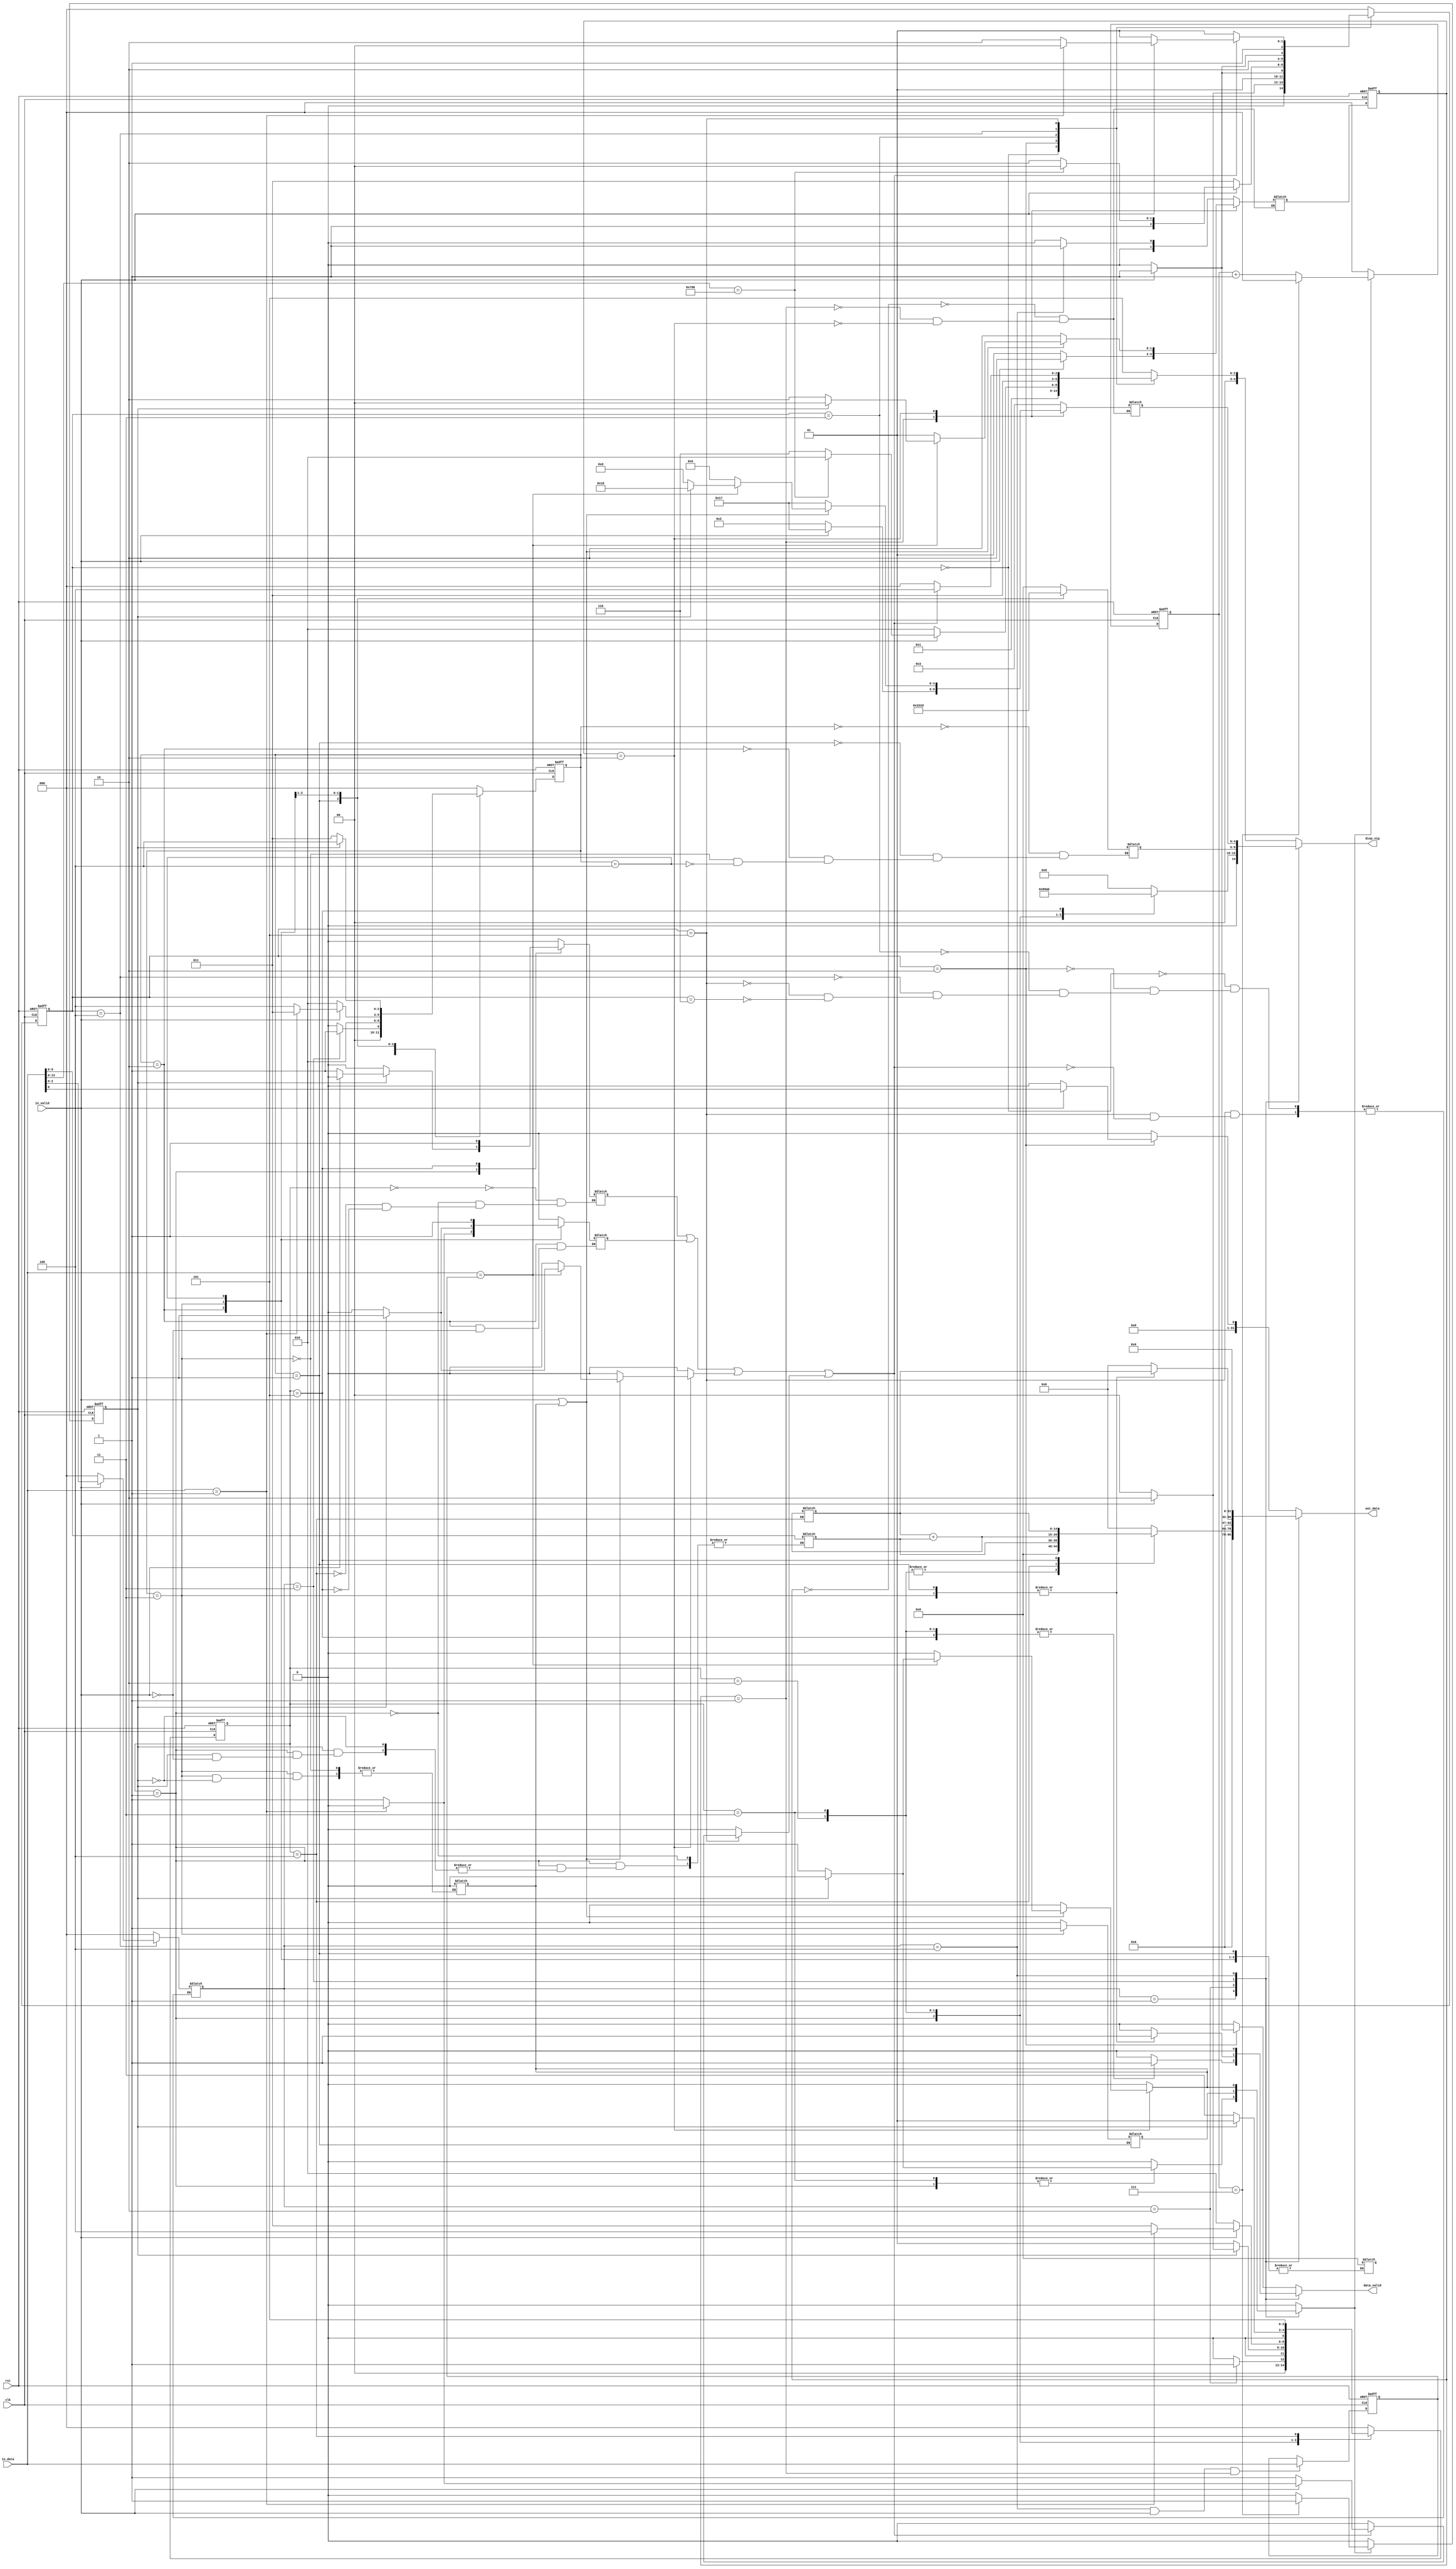
module ATM_FSM_semi #(parameter in_size = 32,
                 parameter dis_size = 5,
                 parameter out_size = 32
                 )
    (
    input                       clk,
    input                       rst,

    input wire [in_size-1:0]    in_data,
    input wire                  in_valid,

    output reg [dis_size-1:0]   disp_sig,
    output reg                  data_valid,
    output reg [out_size-1:0]   out_data
);

//////sizes of User INFO\\\\\\\\\\\\\\
localparam PIN_WIDTH        = 11,
           BALANCE_WIDTH    = 16,
           BANK_LIMIT_WIDTH = 14;

///////USER INFO\\\\\\\\\\\\\\\\\\\\\\\\\\\\
reg [PIN_WIDTH-1:0] PIN_reg;
reg [BALANCE_WIDTH-1:0] Balance;
reg [BANK_LIMIT_WIDTH-1:0] Bank_withdraw_Limit;  //daily

/////General Signals\\\\\\\\\\\\\\\\\\
//reg language;
reg language_reg;
reg [in_size-1:0] account_no;
reg same_bank;
reg same_bank_reg;
wire done;
reg [2:0] enable;
reg [in_size-1:0] PIN_temp;
reg flag;
reg [2:0] timer;
reg timer_done;
reg timer_en;
reg timer_en_pin;
reg timer_en_with;
reg timer_en_inq;
reg timer_en_dep;
reg timer_en_main;
reg flag_same;


//////////  MAIN FSM \\\\\\\\\\\\\\\\\\\\
localparam  IDLE_main    =  3'b0,
            bank         =  3'b001,
            lang         =  3'b010,
            PIN          =  3'b011,
            option       =  3'b100, 
            anthr_op     =  3'b101,//another transaction
            card_exit    =  3'b110;

reg [2:0] main_state;
reg [2:0] main_next_state;

///////////// OPTIONS \\\\\\\\\\\\\\\\\\\\\\
localparam MAIN            = 3'b000,
           WITHDRAW        = 3'b001,
           DEPOSIT         = 3'b010,
           BALANCE_INQUIRY = 3'b011,
           PIN_CHANGE      = 3'b100;

///////// Deposit \\\\\\\\\\\\\\\\\\\\
localparam IDLE_dep       = 3'b000,
           insert_cash    = 3'b001, //for fast cash
           confirm        = 3'b010,
           return_cash    = 3'b011,
           update_balance = 3'b100,
           finish_dep     = 3'b101; 
reg [2:0] dep_state;
reg [2:0] dep_next_state;
reg done_dep=0;
reg [9:0] cash_amount=0;
reg [14:0] account_balance='d50;


///////// Withdraw \\\\\\\\\\\\\\\\\\\\
localparam  IDLE_with     = 3'b0,
            diff_amount   = 3'b001, //for fast cash
            balance_limit = 3'b010,
            bank_limit    = 3'b011,
            receipt       = 3'b011,
            money_out     = 3'b100;

reg [2:0] with_state;
reg [2:0] with_next_state;

///////// Pin Change \\\\\\\\\\\\\\\\\\\\
localparam  IDLE_PIN     = 2'b00,
            ENTER_PIN    = 2'b01,
            RE_ENTER_PIN = 2'b10;

reg [1:0] pin_state;
reg [1:0] pin_next_state;
reg done_pin;
reg err_pin;

/////////disp sig\\\\\\\\\\\\\\\\\\\\\\\\\\
reg [dis_size-1:0] disp_sig_with;
reg [dis_size-1:0] disp_sig_deposit;
reg [dis_size-1:0] disp_sig_Balance;
reg [dis_size-1:0] disp_sig_pin;
reg [dis_size-1:0] disp_sig_main;

/////OUTPUT\\\\\\\\\\
reg [out_size-1:0] out_data_dep;
reg [out_size-1:0] out_data_inq;
reg [out_size-1:0] out_data_pin;
reg [out_size-1:0] out_data_with;
reg [out_size-1:0] out_data_main;



/////VALID\\\\\\\\\\\\
reg data_valid_with;
reg data_valid_dep;
reg data_valid_inq;
reg data_valid_pin;
reg data_valid_main;


/////////disp messages\\\\\\\\\\
localparam Entry_msg                 = 5'b00000,
           Lang_Select_msg           = 5'b00001,
           Enter_Pin_msg             = 5'b00010,
           Select_Option_msg         = 5'b00011,
           Another_transaction_msg   = 5'b00100,
           TY_For_Your_Service_msg   = 5'b00101,  
           Inavlid_Pin_msg           = 5'b00110,   
           Enter_Cash_msg            = 5'b01000,
           Confirm_Amount_msg        = 5'b01001,  
           Pls_Take_Your_Cash_msg    = 5'b01010,
           Deposit_Accepted_msg      = 5'b01011,
           Current_Balance_msg       = 5'b01100,
           Transaction_Processed_msg = 5'b01101,
           Choose_with_or_Fast_msg   = 5'b01110,
           Enter_with_amount_msg     = 5'b01111,
           Enter_fast_amount_msg     = 5'b10000,
           Receipt_msg               = 5'b10001,
           WithDrawn_msg             = 5'b10010,
           WithDrawn_TAX_msg         = 5'b10011,
           Exceed_Balance_Limit_msg  = 5'b10100,
           Exceed_Bank_Limit_msg     = 5'b10101,
           Re_Enter_Pin_msg          = 5'b10111,
           Pin_Changed_msg           = 5'b11000,
           Enter_New_Pin_msg         = 5'b11001;



////////// Balance Inquiry \\\\\\\\\\\\\\\\\\\\
localparam IDLE_inq   = 3'b0,
           disp_balance = 3'b01, //0 no_receipt -- 1 receipt
           reciept_ask= 3'b10,
           reciept_out= 3'b11,
           finish_inq=3'b100;
           
reg [2:0] inq_state;
reg done_inq;
reg [2:0] inq_next_state;



always @(posedge clk or negedge rst) 
    begin
        if (!rst) 
            begin
                main_state<=IDLE_main;
            end

        else
         begin
            main_state<=main_next_state;
         end
    end

always @(posedge clk or negedge rst) 
    begin
        if (!rst) 
            
            pin_state<=IDLE_PIN;

        else
            pin_state<=pin_next_state;
    end


always @(posedge clk or negedge rst) 
    begin
          if (!rst) 
            
            dep_state<=IDLE_dep;

        else
            dep_state<=dep_next_state;       
    end




always @(posedge clk or negedge rst) 
    begin
        if (!rst) 
            begin
                inq_state<=IDLE_inq;
            end
        else
            begin
                inq_state<=inq_next_state;
            end
    end



//////////////////MAIN FSM\\\\\\\\\\\\\\\\\\\\\\\\\\\\\\\\\\

always @(*) 
    begin
        same_bank=0;
        timer_en_main=0;

        //language=0;
        case (main_state)
            IDLE_main:
                begin
                    disp_sig_main=Entry_msg;
                    data_valid_main=0;
                    out_data_main=0;
                    //done=0;
                    flag = 0;
                    timer_en_main=0;
                    enable=MAIN;
                    if (in_valid) 
                        begin
                           if(in_data[in_size-1:in_size-2]==2'b00)
                           begin
                            same_bank=1;    
                           end
                           else
                           begin
                            same_bank=0;
                           end
                           main_next_state=lang; 
                        end 
                    else
                        begin
                            main_next_state=IDLE_main;
                        end
                end
            lang:    
                begin
                    disp_sig_main = Lang_Select_msg; 
                    flag = 0;
                    enable=MAIN;
                    timer_en_main=0;
                    if(in_valid)
                        begin
                            //language=in_data[0];
                            data_valid_main=1; 
                            out_data_main=in_data[0];
                            main_next_state=PIN;
                        end
                    else
                        begin
                            data_valid_main=0;
                            out_data_main=0;
                            main_next_state=lang;
                        end
                end
            PIN:
                begin
                    disp_sig_main = Enter_Pin_msg; 
                    data_valid_main=0;
                    out_data_main=0;
                    flag = 0;
                    timer_en_main=0;
                    enable=MAIN;
                    if (in_valid)
                    begin
                        if (in_data[13:0]==14'd2000) 
                        begin
                            main_next_state=option;
                        end
                        else
                        begin
                            main_next_state=card_exit;
                            disp_sig_main = Inavlid_Pin_msg;//////////////note 
                        end
                    end
                    else
                    begin
                        main_next_state=PIN;
                    end
                end    
            option: 
                begin
                    disp_sig_main = Select_Option_msg; 
                    data_valid_main=0;
                    out_data_main=0;
                    flag = 0;
                    timer_en_main=0;
                    if (in_valid)
                        begin
                           enable=in_data[2:0];
                           main_next_state=anthr_op;
                           data_valid_main=0;
                           out_data_main=0;
                        end
                    else
                        begin
                           enable=MAIN;
                           main_next_state=option;
                        end
                end  
            anthr_op: 
                begin
                    if (done || flag)  
                        begin
                           flag = 1;
                           disp_sig_main = Another_transaction_msg;
                           data_valid_main=0;
                           out_data_main=0;
                           timer_en_main=0; 
                           enable=MAIN;

                           if (in_valid) 
                            begin
                                if (in_data==1) 
                                begin
                                    flag = 0;
                                    enable=MAIN;
                                    main_next_state=option;
                                end
                                else
                                    main_next_state=card_exit; ////swapping  card exit with anothr_op
                            end

                            else
                                begin
                                    main_next_state=anthr_op;
                                end
                        end
                    else
                    begin
                        disp_sig_main = Entry_msg; ////note:no select option msg here
                        data_valid_main=0;
                        out_data_main=0; 
                        main_next_state=anthr_op;
                        flag = 0;
                        
                    end
                end
            card_exit:
                begin
                    disp_sig_main = TY_For_Your_Service_msg; 
                    data_valid_main=0;
                    out_data_main=0; 
                    main_next_state=IDLE_main;
                    flag = 0;
                    timer_en_main=0;
                    enable=MAIN;
                end
        default:
            begin
                disp_sig_main = TY_For_Your_Service_msg; 
                data_valid_main=0;
                out_data_main=0; 
                main_next_state=IDLE_main;
                timer_en_main=0;
                flag = 0;
            end
        endcase
    end


//////////////////////////DEPOSIT FSM\\\\\\\\\\\\\\\\\\\\\\\\\\\\\\\\\\\\\\\\

always @(*) 
    begin

        case (dep_state)
            IDLE_dep: 
                 begin
                   //err_sig=0;
                    disp_sig_deposit='b0;
                    data_valid_dep=0;
                    out_data_dep=0;
                    done_dep=0;
                    timer_en_dep=0;
                    if (enable==DEPOSIT) 
                        begin
                            dep_next_state=insert_cash; 
                           
                        end 
                    else
                        begin
                            dep_next_state=IDLE_dep;
                        end
                end
            insert_cash:
                begin   
                    disp_sig_deposit=Enter_Cash_msg; //enter cash
                    data_valid_dep=0;
                    out_data_dep=0;
                    timer_en_dep=1; //enabling timer
                    if(timer_done)
                        begin
                            timer_en_dep=0; //disable timer
                            if(in_valid)
                                begin
                                    cash_amount=in_data;
                                    done_dep=0;
                                    dep_next_state=confirm;
                                end
                            else
                                begin
                                    done_dep=1;
                                    dep_next_state=IDLE_dep;
                                end
                    end
                    else
                        begin
                             done_dep=0;
                             dep_next_state=insert_cash;       
                        end
                end   
            confirm: 
                begin
                    disp_sig_deposit=Confirm_Amount_msg; // confrim amount
                    data_valid_dep=1; //valid signal high
                    out_data_dep=cash_amount; //write cash amount on output
                    timer_en_dep=0;
                   if(in_valid)
                   begin
                        
                        if(in_data=='b1) //confirm money
                            dep_next_state=update_balance;
                        else
                            dep_next_state=return_cash;

                   end
                   else 
                            dep_next_state=confirm;
                end      
            return_cash:
                begin
                    
                    disp_sig_deposit=Pls_Take_Your_Cash_msg; // please take your cash
                    data_valid_dep=1; //valid signal low
                    out_data_dep=cash_amount; //write cash amount on output
                    timer_en_dep=1; //enabling timer
                    if (timer_done) 
                        begin
                            timer_en_dep=0;
                            dep_next_state=insert_cash;        
                        end
                    else 
                        begin
                            dep_next_state=return_cash;
                        end
                end   
            update_balance:
                begin  
                    account_balance=account_balance+cash_amount;
                    disp_sig_deposit=0; // Your deposit has been accepted your balance =();
                    out_data_dep=account_balance; //write current balance on output
                    timer_en_dep=0; //enabling timer
                    data_valid_dep=0; //valid signal high
                    done_dep=0; //raise done signal
                    dep_next_state=finish_dep;        
                end
            finish_dep:
                begin
                    disp_sig_deposit=Deposit_Accepted_msg; // Your deposit has been accepted your balance =();
                    out_data_dep=account_balance; //write current balance on output
                    timer_en_dep=0; //enabling timer
                    data_valid_dep=1; //valid signal high
                    done_dep=1; //raise done signal
                    dep_next_state=IDLE_dep;        
                end
        default:
            begin
               // err_sig=0;
                disp_sig_deposit='b00; //Thank you for your service
                data_valid_dep=0;
                out_data_dep=0; 
                timer_en_dep=0; 
                dep_next_state=IDLE_dep;
            end
        endcase    
    end



///////////////////////BALANCE INQUIRY\\\\\\\\\\\\\\\\\\\\

always @(*) 
    begin
        case (inq_state)
            IDLE_inq   :
                begin
                    disp_sig_Balance=Entry_msg;
                    data_valid_inq=0;
                    out_data_inq=0;
                    done_inq=0;
                   timer_en_inq=0; 
                     if (enable == BALANCE_INQUIRY)
                        begin
                            inq_next_state = disp_balance;
                        end
                        else
                        begin
                            inq_next_state = IDLE_inq;
                        end
                       

                end
            disp_balance :
                begin
                    disp_sig_Balance=Current_Balance_msg; // confrim amount
                    data_valid_inq=1; //valid signal high
                    out_data_inq=account_balance; //write balacne on output
                    done_inq=0;
                    inq_next_state=reciept_ask;
                end
            reciept_ask:
                begin
                    disp_sig_Balance=Receipt_msg; 
                    data_valid_inq=0; 
                    out_data_inq=0; 
                    timer_en_inq=0;
                   if(in_valid)
                   begin
                        
                        if(in_data=='b1) //confirm reciept
                            begin
                                inq_next_state=reciept_out;
                                done_inq=0;

                            end
                        else
                            begin
                                inq_next_state=finish_inq;
                                done_inq=1;
                            end

                   end
                   else 
                            inq_next_state=reciept_ask;
                end
            reciept_out:
                begin
                    disp_sig_Balance=Transaction_Processed_msg; //enter cash
                    data_valid_inq=1;
                    out_data_inq=account_balance;

                    timer_en_inq=1; //enabling timer
                    if(timer_done)
                        begin
                            timer_en_pin=0; //disable timer
                            inq_next_state=finish_inq;
                            done_inq=1;
                        
                    end
                    else
                        begin
                             done_inq=0;
                             inq_next_state=reciept_out;       
                        end
                end
            finish_inq:
                begin
                    inq_next_state=IDLE_inq;
                    done_inq=1;
                    disp_sig_Balance=0; //enter cash
                    data_valid_inq=0;
                    out_data_inq=0;
                    timer_en_inq=0;

                     
                end

            default:
                begin
                    disp_sig_deposit=Entry_msg; // confrim amount
                    data_valid_inq=0; //valid signal high
                    out_data_inq=0; //write balacne on output
                    done_inq=0;
                    timer_en_inq=0;
                    inq_next_state=IDLE_inq; 
                end 
        endcase        
    end


///////////PIN CHANGE FSM \\\\\\\\\\\\\\\\\\\\\\\\
always@(*)
begin
    out_data_pin=0;
    data_valid_pin=0;
    case (pin_state)
    IDLE_PIN    :
    begin
        if (enable == PIN_CHANGE)
        begin
            pin_next_state = ENTER_PIN;
        end
        else
        begin
            pin_next_state = IDLE_PIN;
        end
        err_pin        = 0;
        disp_sig_pin   = Select_Option_msg; 
        done_pin       = 0;
        timer_en_pin = 0;
    end
    ENTER_PIN   :
    begin
        err_pin        = 0;
        done_pin       = 0;
        timer_en_pin = 0;
        if (in_valid)
        begin
            pin_next_state = RE_ENTER_PIN;
            disp_sig_pin   = Re_Enter_Pin_msg;
            
        end
        else
        begin
            pin_next_state = ENTER_PIN;
            disp_sig_pin   = Enter_Pin_msg;
        end
    end
    RE_ENTER_PIN:
    begin
        if (in_valid || timer_en_pin)
        begin 
            if (in_data == PIN_temp)
            begin
                pin_next_state = RE_ENTER_PIN;
                err_pin        = 0;
                disp_sig_pin   = Transaction_Processed_msg;
                done_pin       = 0; 
                timer_en_pin   = 1; 
                if (timer_done)
                begin
                    pin_next_state = IDLE_PIN;
                    err_pin        = 0;
                    disp_sig_pin   = Pin_Changed_msg;
                    done_pin       = 1; 
                    timer_en_pin = 0;
                end
                else
                begin
                    pin_next_state = RE_ENTER_PIN;
                    err_pin        = 0;
                    disp_sig_pin   = Transaction_Processed_msg;
                    done_pin       = 0; 
                    timer_en_pin = 1;
                end
            end
            else
            begin
                pin_next_state = ENTER_PIN;
                err_pin        = 0;
                disp_sig_pin   = Inavlid_Pin_msg;
                done_pin       = 0; 
                timer_en_pin = 0; 
            end
        end
        else
        begin
            pin_next_state = RE_ENTER_PIN;
            err_pin        = 0;
            disp_sig_pin   = Re_Enter_Pin_msg;
            done_pin       = 0; 
            timer_en_pin = 0;
        end
    end
    default:
    begin
        pin_next_state = pin_next_state;
        err_pin        = 0;
        disp_sig_pin   = disp_sig_pin;
        done_pin       = 0;  
        timer_en_pin = 0;
    end
    endcase
end




////////Timer \\\\\\\\\\\\\\\\\\\\
always @(posedge clk or negedge rst) 
    begin
        if (!rst) 
            begin
                timer<=0;
                timer_done<=0;
            end
        else
           begin
                
            if(timer_en)
                begin
                    if (timer==7) 
                        begin
                            timer_done<=1;
                            timer<=0;
                        end
                    else
                        begin
                            timer<=timer+1; 
                            timer_done<=0;

                        end
                end
            else
                begin
                    timer<=0; 
                    timer_done<=0;
                end
            end
    end

//assign timer_en = timer_en_pin;
assign done=((done_dep)|(done_inq)|(done_pin));



always @(*) 
begin
    case(enable)
    WITHDRAW       : out_data = out_data_with;
    DEPOSIT        : out_data = out_data_dep;
    BALANCE_INQUIRY: out_data = out_data_inq;
    PIN_CHANGE     : out_data = out_data_pin;
    MAIN           : out_data = out_data_main;
    default        : out_data = out_data_main;
    endcase    
end

always @(*) 
begin
    case(enable)
    WITHDRAW       : disp_sig = disp_sig_with;
    DEPOSIT        : disp_sig = disp_sig_deposit;
    BALANCE_INQUIRY: disp_sig = disp_sig_Balance;
    PIN_CHANGE     : disp_sig = disp_sig_pin;
    MAIN           : disp_sig = disp_sig_main;
    default        : disp_sig = disp_sig_main;
    endcase    
end

always @(*) 
begin
    case(enable)
    WITHDRAW       : data_valid = data_valid_with;
    DEPOSIT        : data_valid = data_valid_dep;
    BALANCE_INQUIRY: data_valid = data_valid_inq;
    PIN_CHANGE     : data_valid = data_valid_pin;
    MAIN           : data_valid = data_valid_main;
    default        : data_valid = data_valid_main;
    endcase    
end

always @(*) 
begin
    case(enable)
    WITHDRAW       : timer_en = timer_en_with;
    DEPOSIT        : timer_en = timer_en_dep;
    BALANCE_INQUIRY: timer_en = timer_en_inq;
    PIN_CHANGE     : timer_en = timer_en_pin;
    MAIN           : timer_en = timer_en_main;
    default        : timer_en = timer_en_main;
    endcase    
end

always @(posedge clk or negedge rst) 
begin
    if(!rst)
    begin
        same_bank_reg <= 0;
    end
    else
    begin
        if((main_state==IDLE_main) &&(in_valid))
           same_bank_reg <= same_bank; 
        else
           same_bank_reg<=same_bank_reg;   
end
end

///////unused register and can be rsolved\\\\\\\\\\ byt removing language var
/*
always @(posedge clk or negedge rst) 
begin
    if(!rst)
    begin
        language_reg <= 0;
    end
    else
    begin
        if (language)
        begin
            language_reg <= 1;
        end
        else
        begin
            language_reg <= language_reg;
        end
    end
end*/

always @(posedge clk or negedge rst) 
begin
    if(!rst)
    begin
        PIN_temp <= 0;
    end
    else
    begin
        if ((enable == PIN_CHANGE)&&(in_valid)&&(pin_state == ENTER_PIN))
        begin
            PIN_temp <= in_data;
        end
        else
        begin
            PIN_temp <= PIN_temp;
        end
    end
end

endmodule